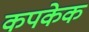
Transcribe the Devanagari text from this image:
कपकेक